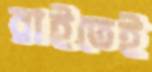
রাইতেই